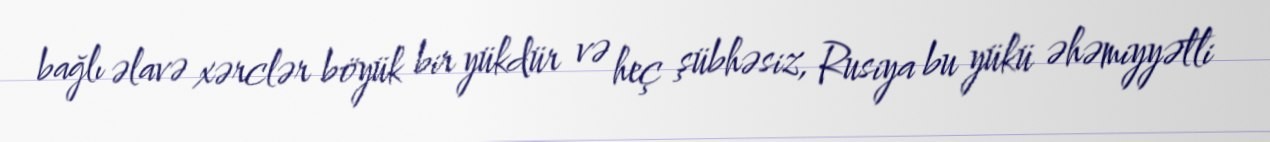
bağlı əlavə xərclər böyük bir yükdür və heç şübhəsiz, Rusiya bu yükü əhəmiyyətli